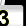
Digit: 3